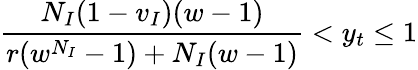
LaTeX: \frac{N_{I}(1-v_{I})(w-1)}{r(w^{N_{I}}-1)+N_{I}(w-1)}<y_{t}\le 1